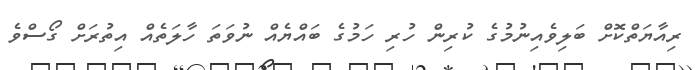
ރިއާޔަތްކޮށް ބަލިވެއިނުމުގެ ކުރިން ހުރި ހަމުގެ ބައްޔެއް ނުވަތަ ހާލަތެއް އިތުރަށް ގޯސްވެ